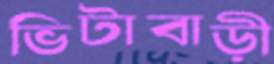
ভিটাবাড়ী